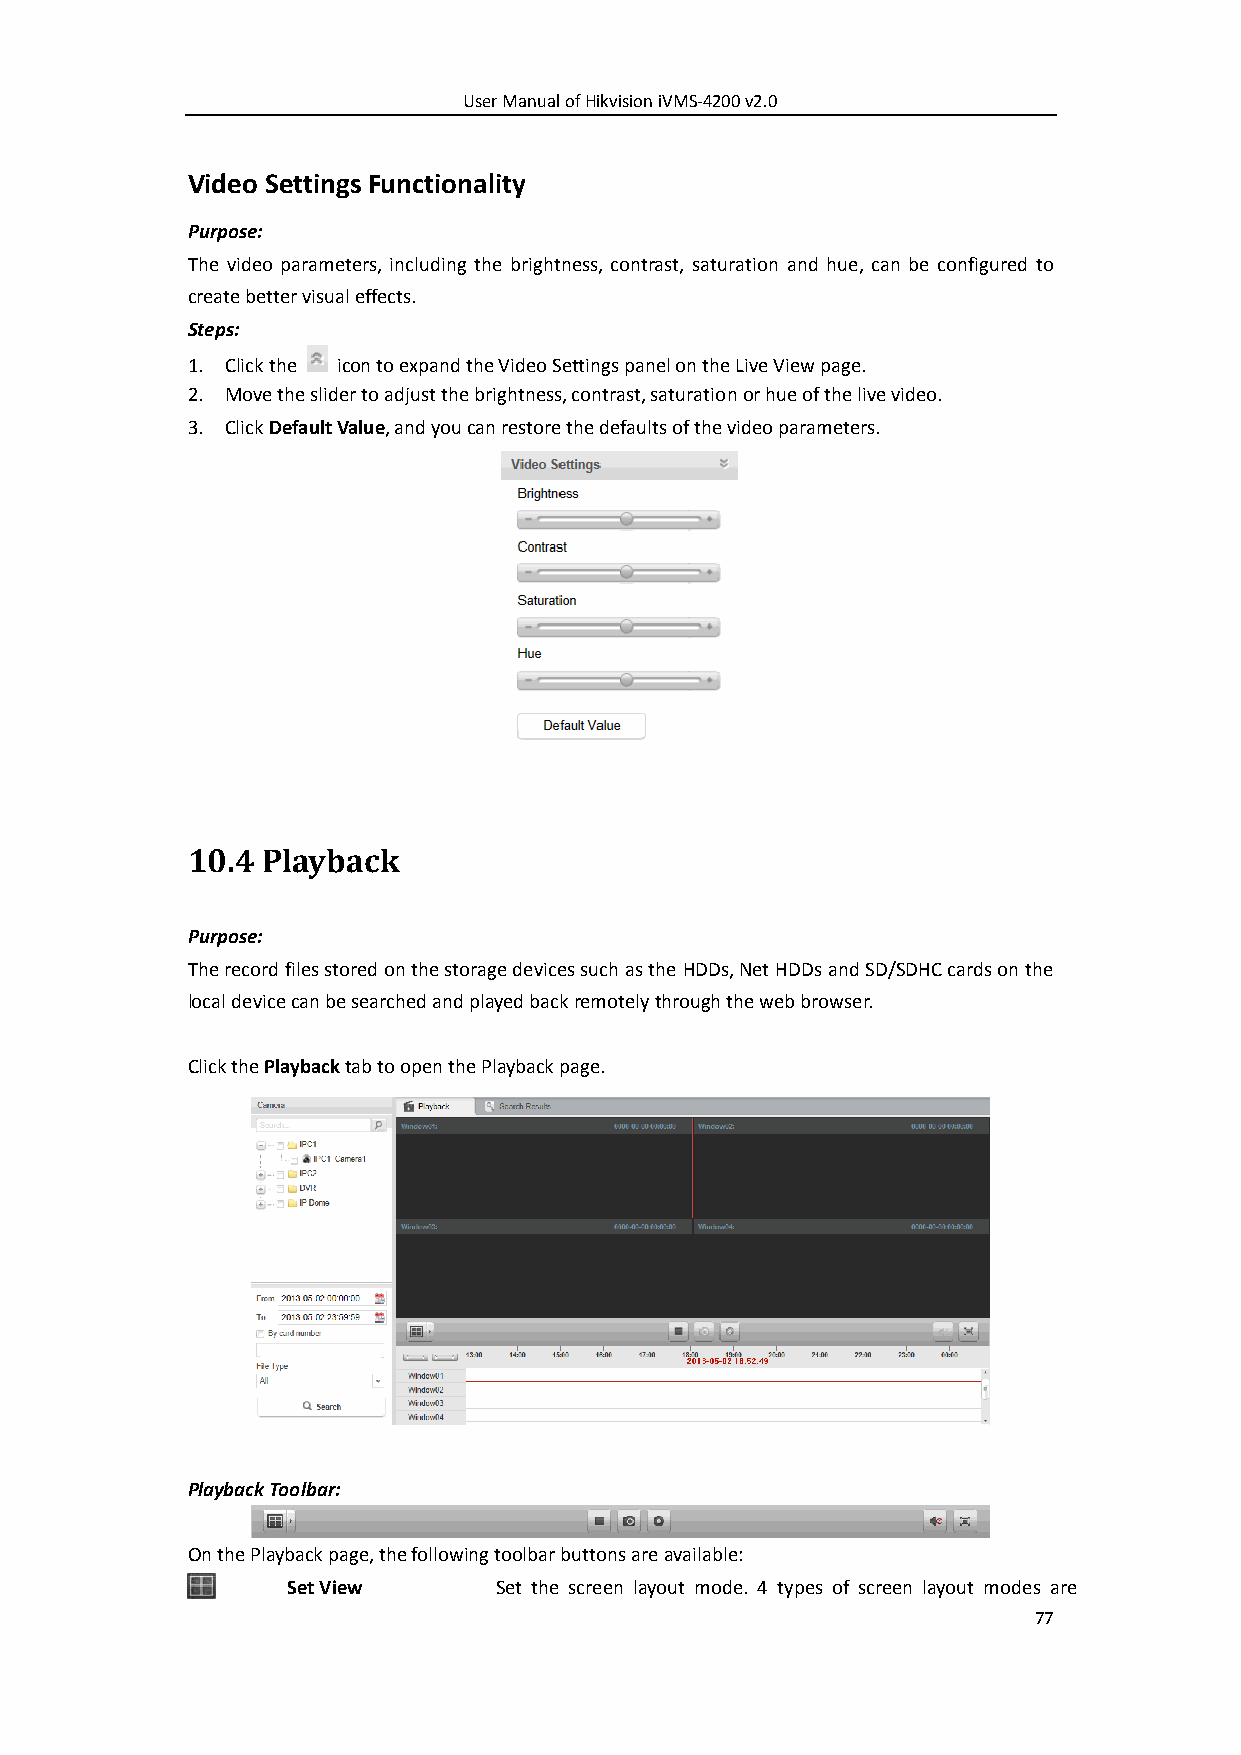
User Manual of Hikvision iVMS-4200 v2.0
 Video Settings Functionality
 Purpose:
 The video parameters, including the brightness, contrast, saturation and hue, can be configured to
 create better visual effects.
 Steps:
 1. Click the icon to expand the Video Settings panel on the Live View page.
 2. Move the slider to adjust the brightness, contrast, saturation or hue of the live video.
 3. Click Default Value, and you can restore the defaults of the video parameters.
 10.4 Playback
 Purpose:
 The record files stored on the storage devices such as the HDDs, Net HDDs and SD/SDHC cards on the
 local device can be searched and played back remotely through the web browser.
 Click the Playback tab to open the Playback page.
 Playback Toolbar:
 On the Playback page, the following toolbar buttons are available:
 Set View      Set the screen layout mode. 4 types of screen layout modes are
 77